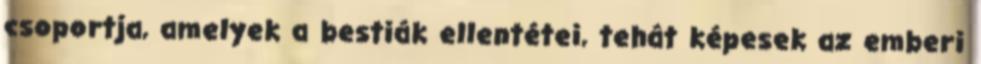
csoportja, amelyek a bestiák ellentétei, tehát képesek az emberi